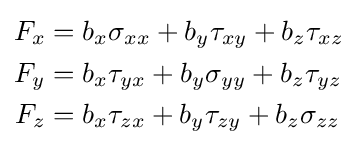
{\begin{aligned}F_{x}&=b_{x}\sigma _{xx}+b_{y}\tau _{xy}+b_{z}\tau _{xz}\\F_{y}&=b_{x}\tau _{yx}+b_{y}\sigma _{yy}+b_{z}\tau _{yz}\\F_{z}&=b_{x}\tau _{zx}+b_{y}\tau _{zy}+b_{z}\sigma _{zz}\end{aligned}}